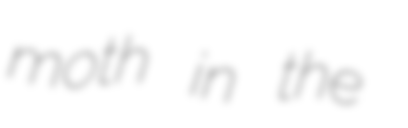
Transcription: moth in the